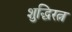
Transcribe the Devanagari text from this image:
शुद्धिरत्न